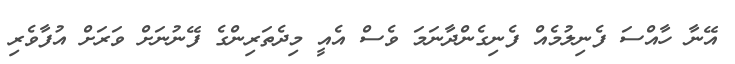
އޭނާ ހާއްސަ ފެނިލުމެއް ފެނިގެންދާނަމަ ވެސް އެއީ މިދެތަރިންގެ ފޭނުނަށް ވަރަށް އުފާވެރި